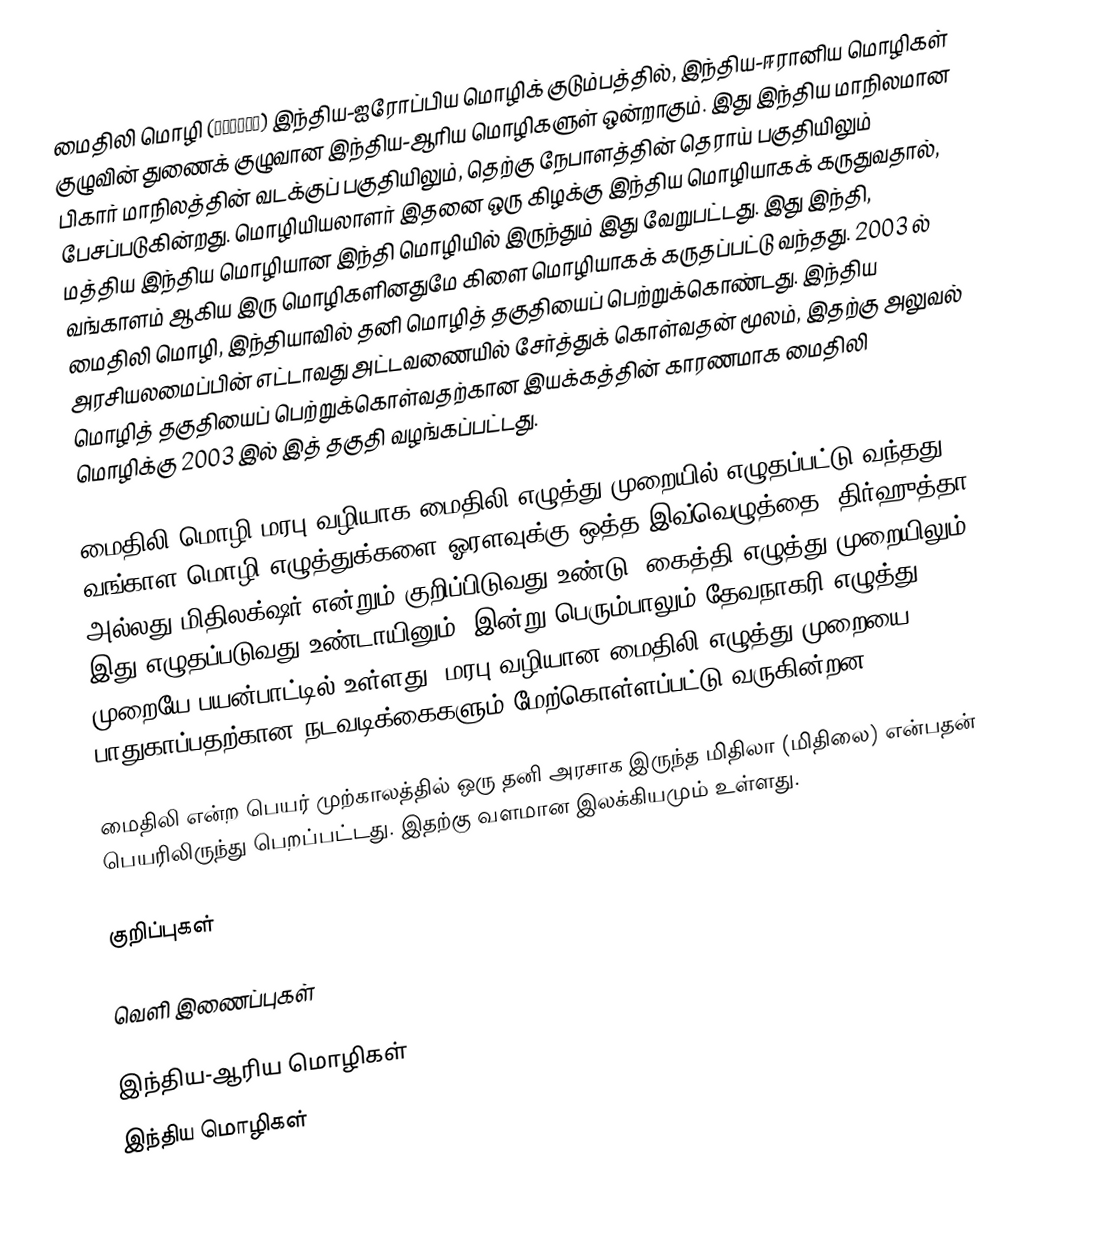
மைதிலி மொழி (मैथिली) இந்திய-ஐரோப்பிய மொழிக் குடும்பத்தில், இந்திய-ஈரானிய மொழிகள் குழுவின் துணைக் குழுவான இந்திய-ஆரிய மொழிகளுள் ஒன்றாகும். இது இந்திய மாநிலமான பிகார் மாநிலத்தின் வடக்குப் பகுதியிலும், தெற்கு நேபாளத்தின் தெராய்  பகுதியிலும் பேசப்படுகின்றது. மொழியியலாளர் இதனை ஒரு கிழக்கு இந்திய மொழியாகக் கருதுவதால், மத்திய இந்திய மொழியான இந்தி மொழியில் இருந்தும் இது வேறுபட்டது. இது இந்தி, வங்காளம் ஆகிய இரு மொழிகளினதுமே கிளை மொழியாகக் கருதப்பட்டு வந்தது. 2003 ல் மைதிலி மொழி, இந்தியாவில் தனி மொழித் தகுதியைப் பெற்றுக்கொண்டது. இந்திய அரசியலமைப்பின் எட்டாவது அட்டவணையில் சேர்த்துக் கொள்வதன் மூலம், இதற்கு அலுவல் மொழித் தகுதியைப் பெற்றுக்கொள்வதற்கான இயக்கத்தின் காரணமாக மைதிலி மொழிக்கு 2003 இல் இத் தகுதி வழங்கப்பட்டது.

மைதிலி மொழி மரபு வழியாக மைதிலி எழுத்து முறையில் எழுதப்பட்டு வந்தது. வங்காள மொழி எழுத்துக்களை ஓரளவுக்கு ஒத்த இவ்வெழுத்தை, திர்ஹுத்தா அல்லது மிதிலக்ஷர் என்றும் குறிப்பிடுவது உண்டு. கைத்தி எழுத்து முறையிலும் இது எழுதப்படுவது உண்டாயினும், இன்று பெரும்பாலும் தேவநாகரி எழுத்து முறையே பயன்பாட்டில் உள்ளது. மரபு வழியான மைதிலி எழுத்து முறையை பாதுகாப்பதற்கான நடவடிக்கைகளும் மேற்கொள்ளப்பட்டு வருகின்றன.

மைதிலி என்ற பெயர் முற்காலத்தில் ஒரு தனி அரசாக இருந்த மிதிலா (மிதிலை) என்பதன் பெயரிலிருந்து பெறப்பட்டது. இதற்கு வளமான இலக்கியமும் உள்ளது.

குறிப்புகள்

வெளி இணைப்புகள்

இந்திய-ஆரிய மொழிகள்
இந்திய மொழிகள்